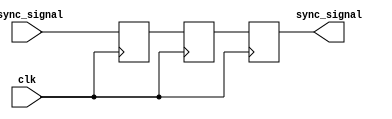
module async_to_sync_converter #(
    parameter WIDTH = 1 // Parameter to define the width of the input/output signal
)(
    input wire clk,                 // System clock
    input wire async_signal,        // Asynchronous input signal
    output reg sync_signal          // Synchronized output signal
);

    // Intermediate registers for the dual-flip-flop synchronizer
    reg [WIDTH-1:0] dff1;
    reg [WIDTH-1:0] dff2;

    // Synchronous process to sample the asynchronous signal
    always @(posedge clk) begin
        dff1 <= async_signal;  // First flip-flop captures the async signal
        dff2 <= dff1;          // Second flip-flop synchronizes the signal
    end
    
    // Output assignment
    always @(posedge clk) begin
        sync_signal <= dff2;   // Output the synchronized signal
    end

endmodule